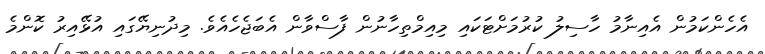
އެހެންކަމުން އެއިނާމު ހާސިލު ކުރުމަށްޓަކައި މިއިމްތިހާނުން ފާސްވާން އެބަޖެހެއެވެ. މިދުނިޔޭގައި އުޅޭއިރު ކޮންމެ